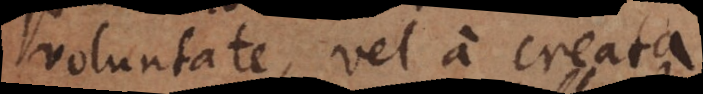
voluntate, vel a creata.